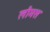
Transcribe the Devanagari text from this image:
लौमस